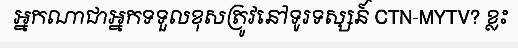
អ្នកណាជាអ្នកទទួលខុសត្រូវនៅទូរទស្សន៍ CTN-MYTV? ខ្លះ